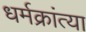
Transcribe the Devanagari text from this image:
धर्मक्रांत्या